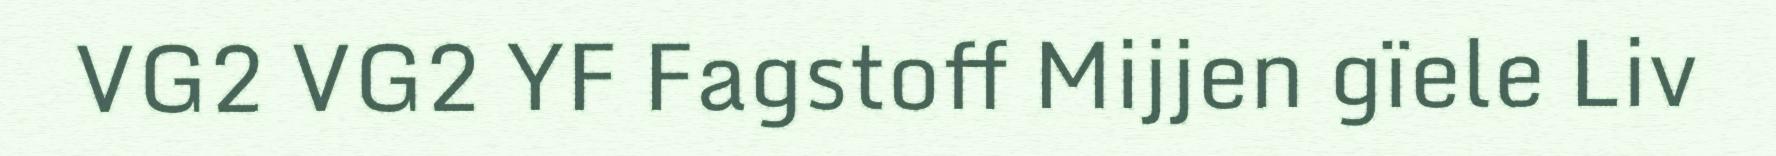
VG2 VG2 YF Fagstoff Mijjen gïele Liv